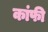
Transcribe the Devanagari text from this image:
कांफी